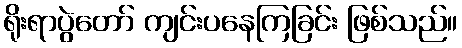
ရိုးရာပွဲတော် ကျင်းပနေကြခြင်း ဖြစ်သည်။